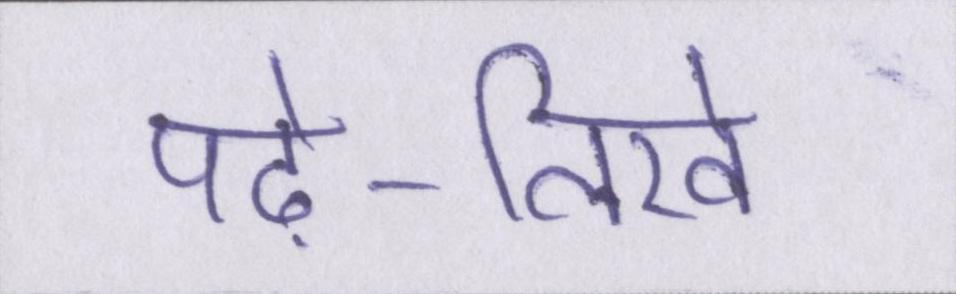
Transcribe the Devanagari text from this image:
पढ़े-लिखे